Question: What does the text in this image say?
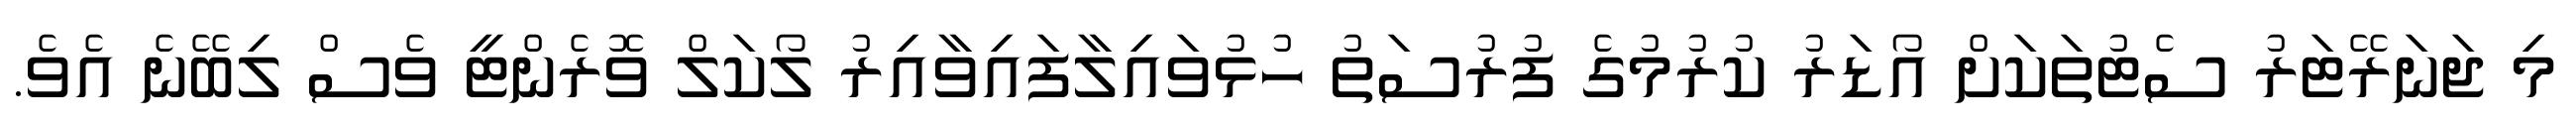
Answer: މި ޖަނަރޭޓަރު ސެޓުތަކަށް އޯޑަރު ކުރުމުގެ ފުރުސަތު ހުޅުވައިލާފައިވާއިރު ލޯކަލް ވޮރެންޓީ ވެސް ލިބޭނެ އެވެ.